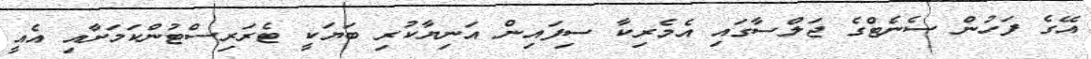
އޭގެ ފަހުން ސެނެޓްގެ ޖަލްސާގައި އެމެރިކާ ސިފައިން އަނިޔާކުރި ބަޔަކީ ޓެރަރިސްޓުންކަމަށާއި އެއީ